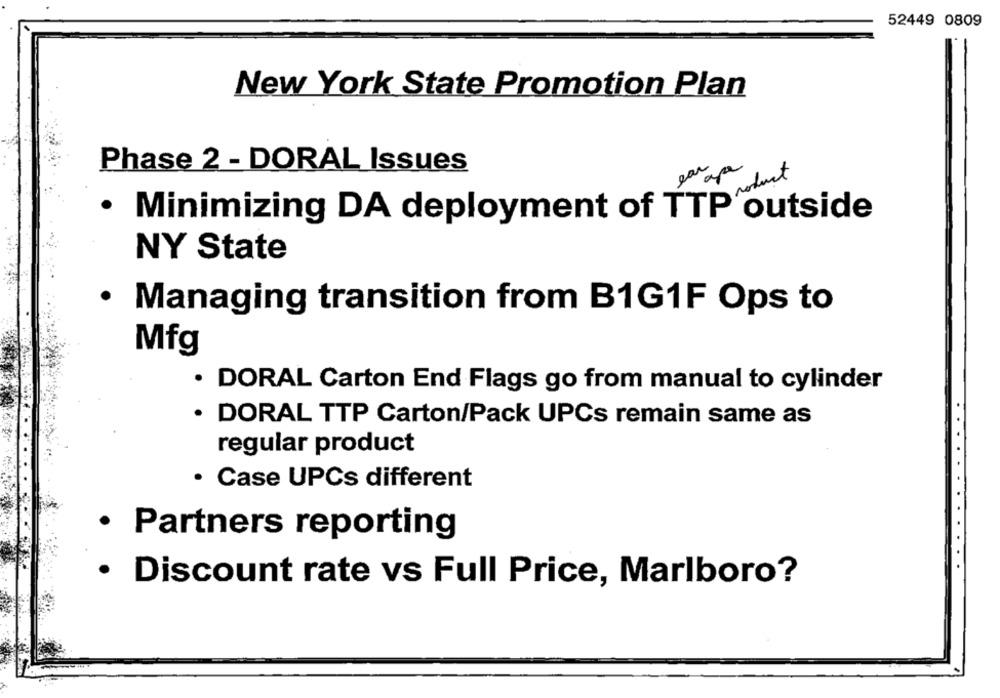
52449 0809
New York State Promotion Plan
Phase 2 - DORAL Issues
Product
· Minimizing DA deployment of TTP outside
NY State
· Managing transition from B1G1F Ops to
Mfg
· DORAL Carton End Flags go from manual to cylinder
· DORAL TTP Carton/Pack UPCs remain same as
regular product
· Case UPCs different
· Partners reporting
· Discount rate vs Full Price, Marlboro?